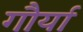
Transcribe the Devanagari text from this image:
गौर्या